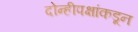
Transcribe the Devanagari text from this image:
दोन्हीपक्षांकडून